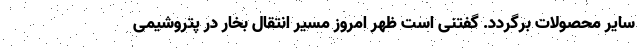
سایر محصولات برگردد. گفتنی است ظهر امروز مسیر انتقال بخار در پتروشیمی